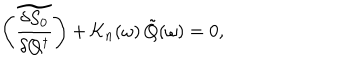
LaTeX: \left( \widetilde { \frac { \delta S _ { 0 } } { \delta Q ^ { \dagger } } } \right) + { \cal K } _ { n } ( \omega ) \, \tilde { Q } ( \omega ) = 0 ,